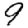
Digit: 9